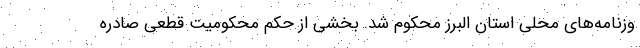
وزنامه‌های محلی استان البرز محکوم شد. بخشی از حکم محکومیت قطعی صادره